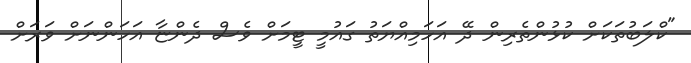
"ކްލަބުތަކަށް ކުޅުންތެރިން ދޭ އަހަމިއްޔަތު ގައުމީ ޓީމަށް ވެސް ދެންޏާ އަހަންނަށް ވަރަށް